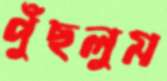
পুঁছলুম